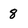
Character: 8